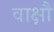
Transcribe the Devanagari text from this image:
वाक्षौ